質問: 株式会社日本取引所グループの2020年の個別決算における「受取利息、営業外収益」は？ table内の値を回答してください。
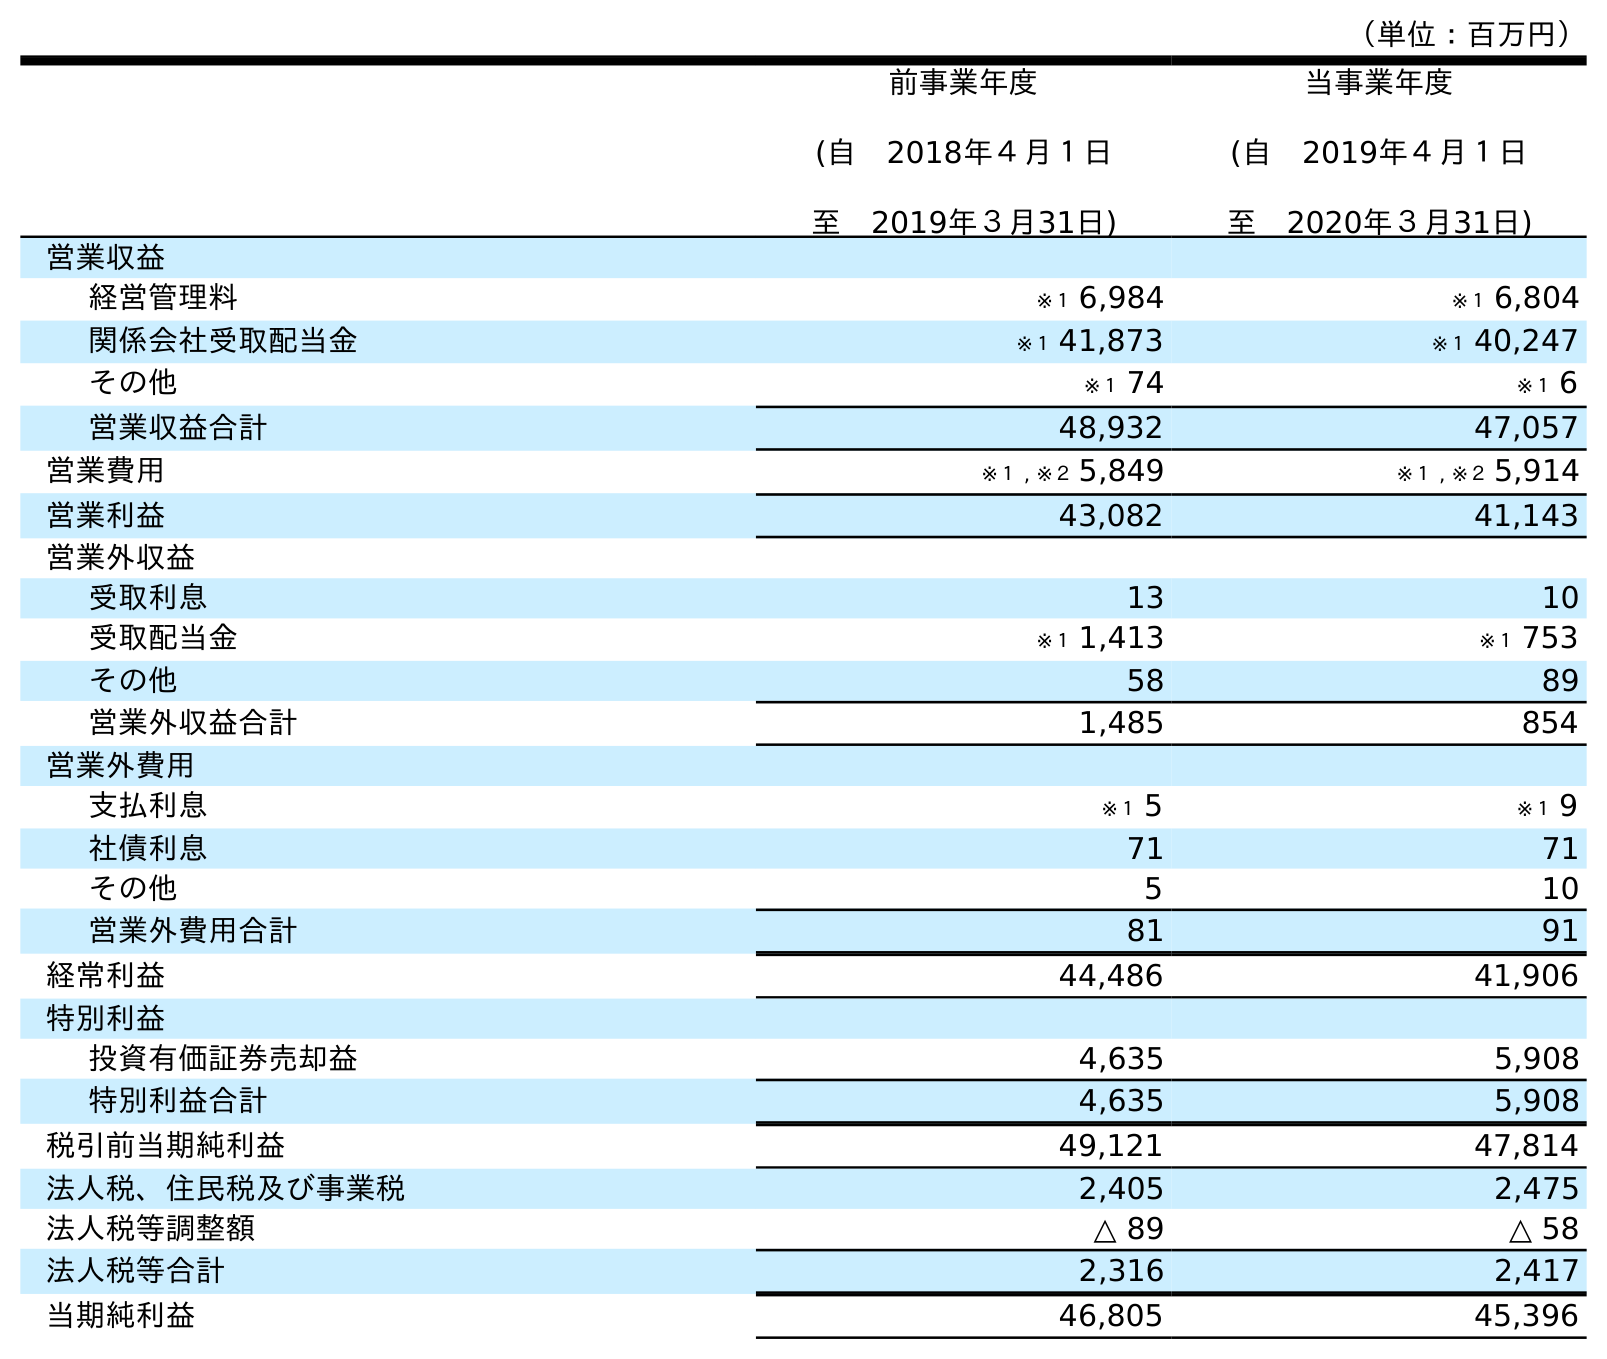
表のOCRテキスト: （単位：百万円） 前事業年度 (自 2018年４月１日 至 2019年３月31日) 当事業年度 (自 2019年４月１日 至 2020年３月31日) 営業収益 経営管理料 ※１ 6,984 ※１ 6,804 関係会社受取配当金 ※１ 41,873 ※１ 40,247 その他 ※１ 74 ※１ 6 営業収益合計 48,932 47,057 営業費用 ※１ , ※２ 5,849 ※１ , ※２ 5,914 営業利益 43,082 41,143 営業外収益 受取利息 13 10 受取配当金 ※１ 1,413 ※１ 753 その他 58 89 営業外収益合計 1,485 854 営業外費用 支払利息 ※１ 5 ※１ 9 社債利息 71 71 その他 5 10 営業外費用合計 81 91 経常利益 44,486 41,906 特別利益 投資有価証券売却益 4,635 5,908 特別利益合計 4,635 5,908 税引前当期純利益 49,121 47,814 法人税、住民税及び事業税 2,405 2,475 法人税等調整額 △ 89 △ 58 法人税等合計 2,316 2,417 当期純利益 46,805 45,396
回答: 10